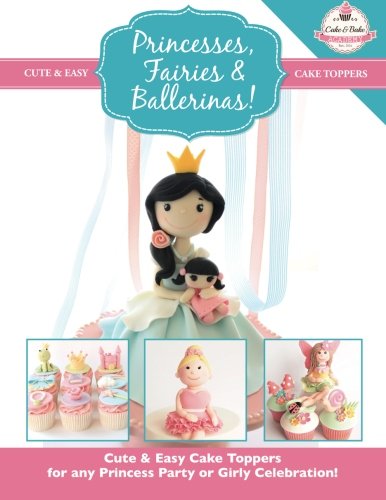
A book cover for Princesses, Fairies & Ballerinas!: Cute & Easy Cake Toppers for any Princess Party or Girly Celebration  (Cute & Easy Cake Toppers Collection) (Volume 2); The Cake & Bake Academy; Cookbooks, Food & Wine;